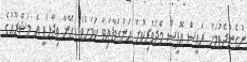
ނުގެންދެވުމަށް ރައީސް އޮފީސް މެދުވެރިކޮށް އަންގަވާފައިވާ ކަމަށެވެ. އޭނާ ވިދާޅުވީ އެ މަޝްރޫއުގެ